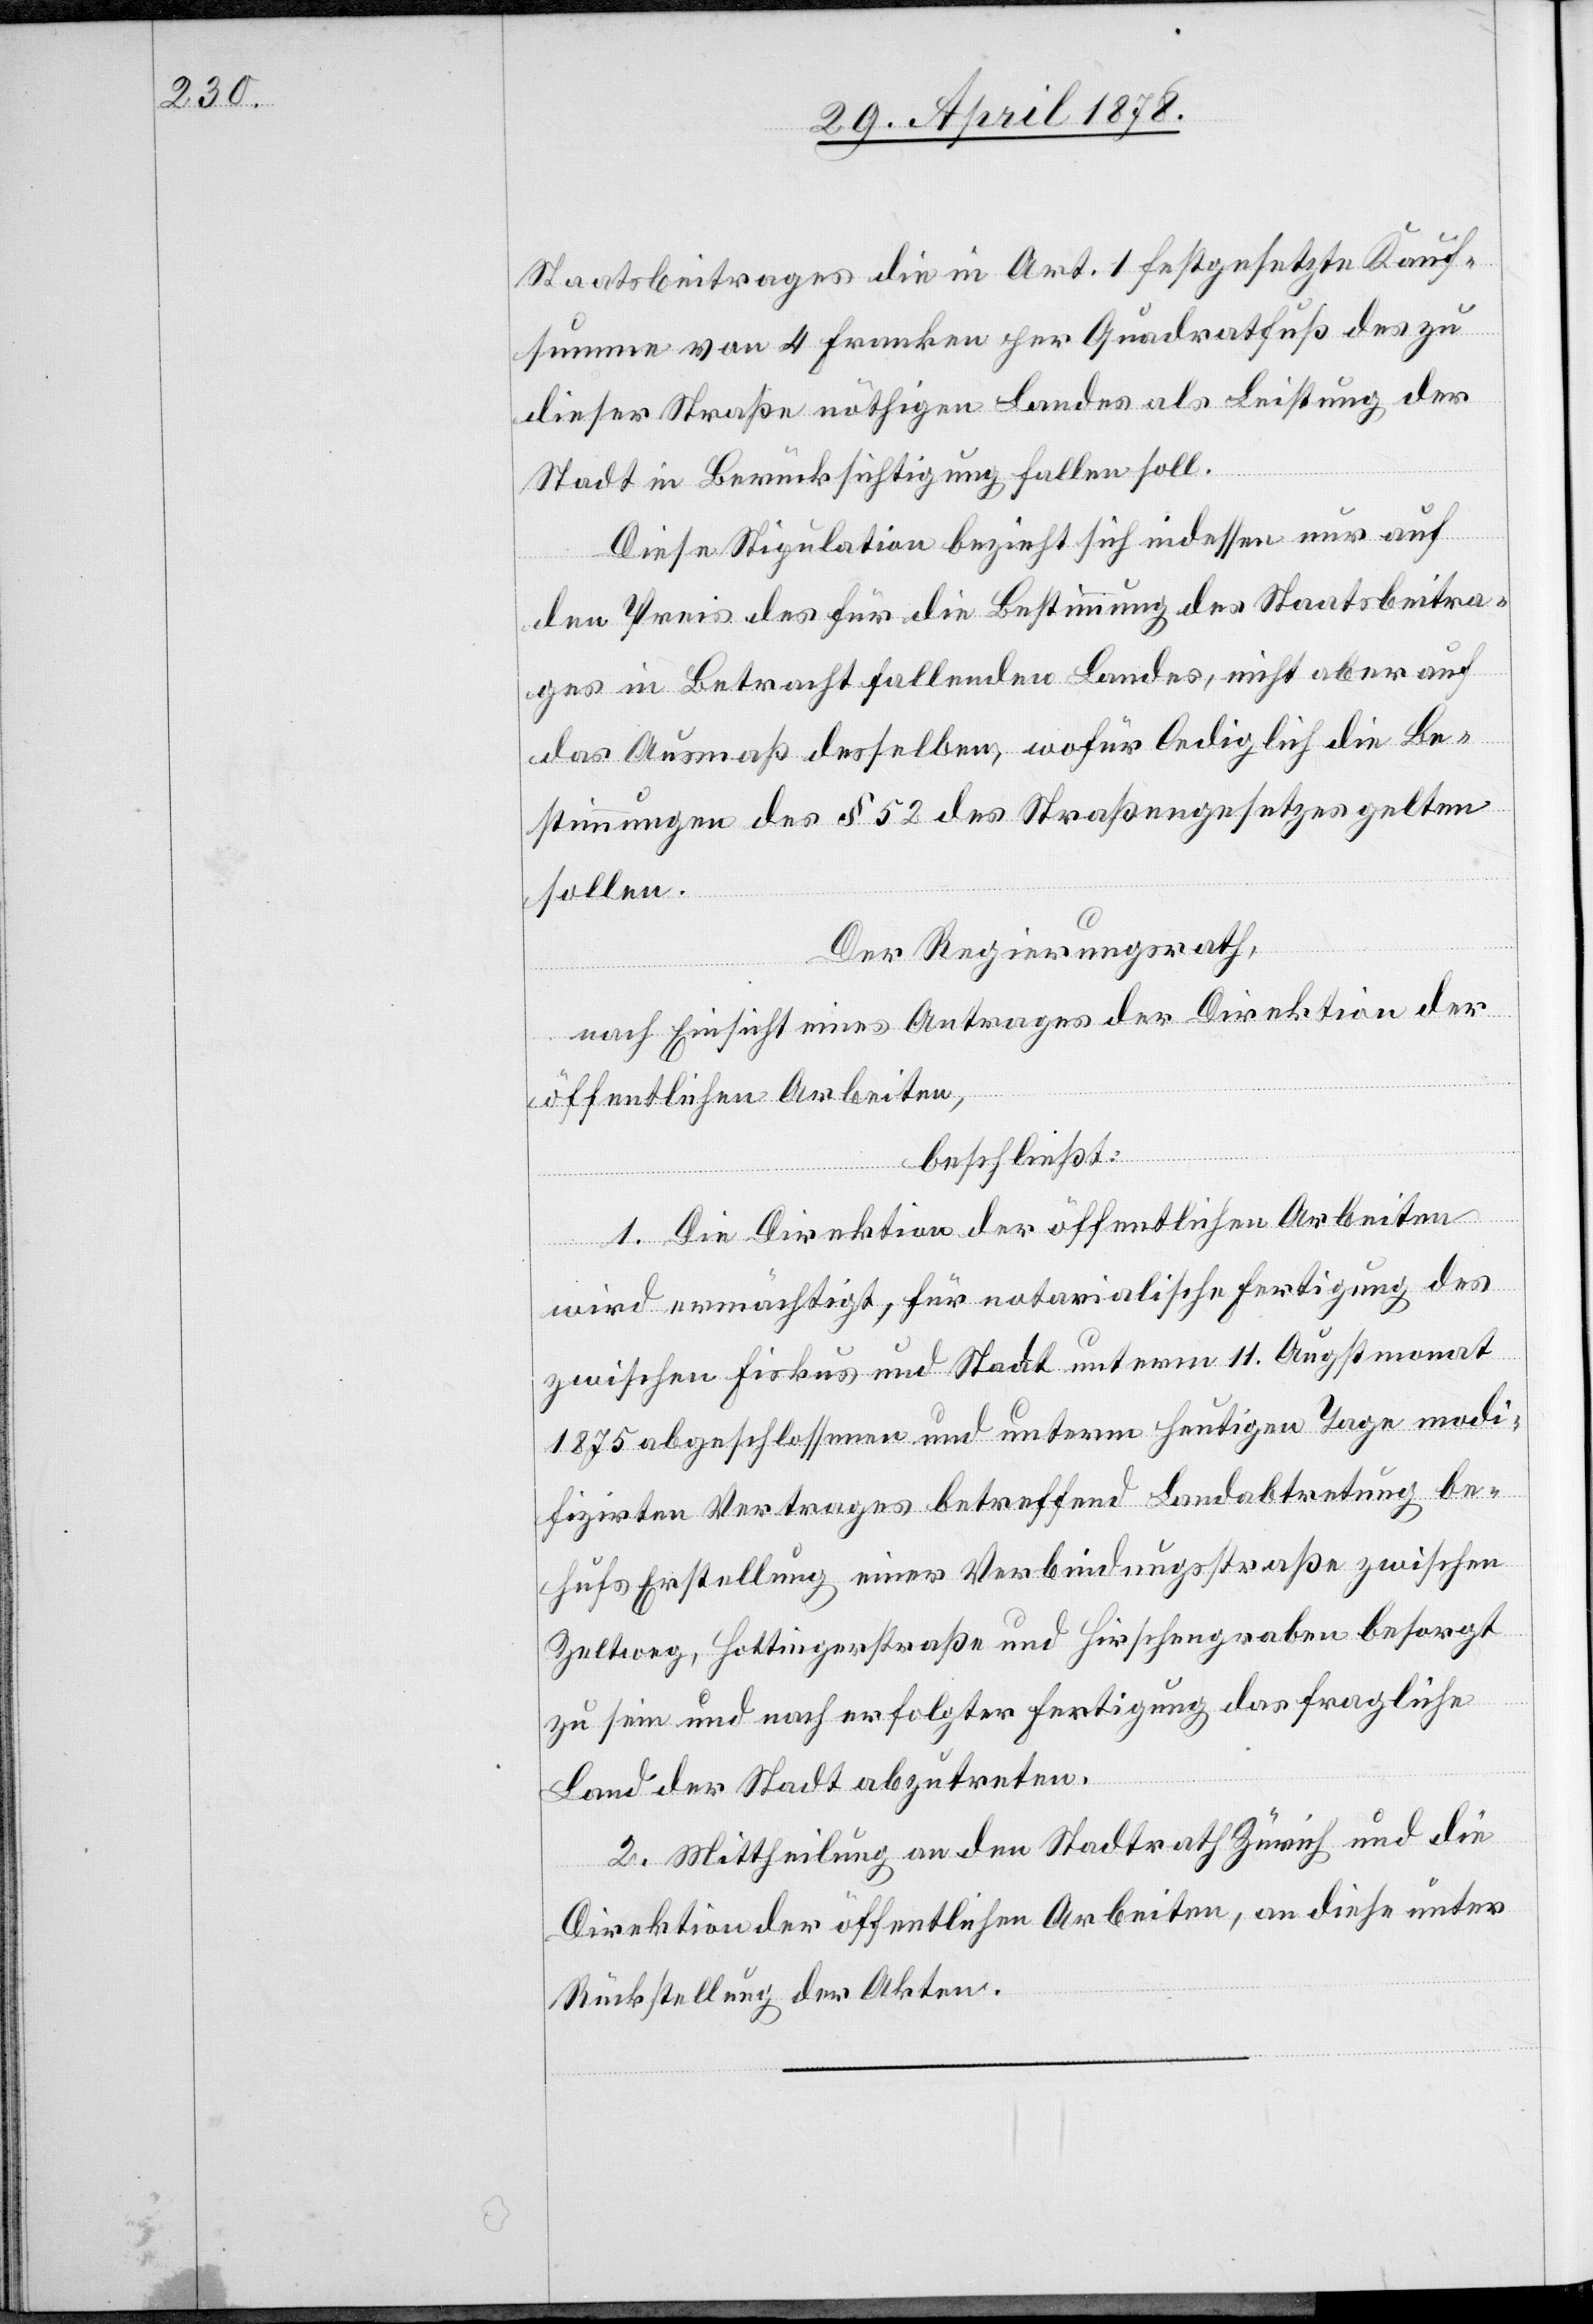
Staatsbeitrages die in Art. 1 festgesetzte Kauf¬
summe von 4 Franken per Quadratfuß des zu
dieser Straße nöthigen Landes als Leistung der
Stadt in Berücksichtigung fallen soll.
Diese Stipulation bezieht sich indessen nur auf
den Preis des für die Bestimmung des Staatsbeitra¬
ges in Betracht fallenden Landes, nicht aber auf
das Ausmaß desselben, wofür lediglich die Be¬
stimmungen des § 52 des Straßengesetzes gelten
sollen.
Der Regierungsrath,
nach Einsicht eines Antrages der Direktion der
öffentlichen Arbeiten,
beschließt:
1. Die Direktion der öffentlichen Arbeiten
wird ermächtigt, für notarialische Fertigung des
zwischen Fiskus und Stadt unterm 11. Augstmonat
1875 abgeschlossenen und unterm heutigen Tage modi¬
fizirten Vertrages betreffend Landabtretung be¬
hufs Erstellung einer Verbindungsstraße zwischen
Zeltweg, Hottingerstraße und Hirschengraben besorgt
zu sein und nach erfolgter Fertigung das fragliche
Land der Stadt abzutreten.
2. Mittheilung an den Stadtrath Zürich und die
Direktion der öffentlichen Arbeiten, an diese unter
Rückstellung der Akten.